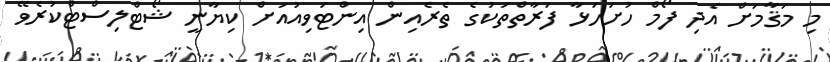
މި މަޤާމަށް އެދި ފޯމް ހުށަހަޅާ ފަރާތްތަކުގެ ތެރެއިން އިންޓަވިއުއަށް ކިޔާނީ ޝޯޓްލިސްޓްކުރެވޭ